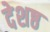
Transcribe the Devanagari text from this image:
देशष्ठ